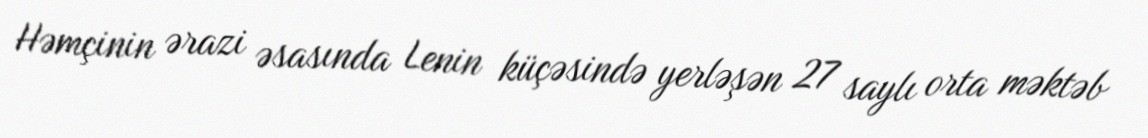
Həmçinin ərazi əsasında Lenin küçəsində yerləşən 27 saylı orta məktəb